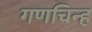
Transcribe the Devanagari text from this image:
गणचिन्ह